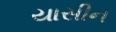
યાસીન